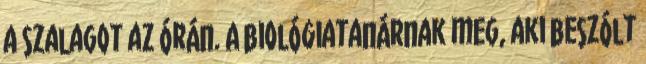
a szalagot az órán. A biológiatanárnak meg, aki beszólt